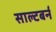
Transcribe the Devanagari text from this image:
साल्टबर्न